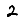
Digit: 2